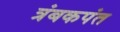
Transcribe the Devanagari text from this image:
त्रंबकपंत